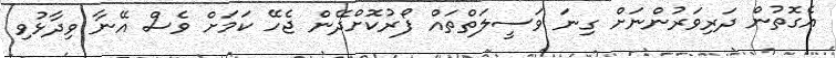
އެގޮތުން ދަރިވަރުންނަށް ގިނަ ވަސީލަތްތައް ފޯރުކޮށްދޭން ޖެހޭ ކަމަށް ވެސް އޭނާ ވިދާޅުވި